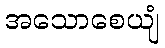
အသောစေယျံ